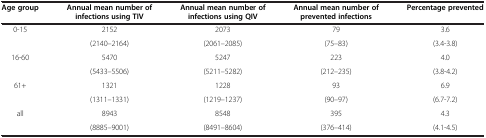
<table><thead><tr><td><b>Age group</b></td><td><b>Annual mean number of infections using TIV</b></td><td><b>Annual mean number of infections using QIV</b></td><td><b>Annual mean number of prevented infections</b></td><td><b>Percentage prevented</b></td></tr></thead><tbody><tr><td>0-15</td><td>2152</td><td>2073</td><td>79</td><td>3.6</td></tr><tr><td> </td><td>(2140–2164)</td><td>(2061–2085)</td><td>(75–83)</td><td>(3.4-3.8)</td></tr><tr><td>16-60</td><td>5470</td><td>5247</td><td>223</td><td>4.0</td></tr><tr><td> </td><td>(5433–5506)</td><td>(5211–5282)</td><td>(212–235)</td><td>(3.8-4.2)</td></tr><tr><td>61+</td><td>1321</td><td>1228</td><td>93</td><td>6.9</td></tr><tr><td> </td><td>(1311–1331)</td><td>(1219–1237)</td><td>(90–97)</td><td>(6.7-7.2)</td></tr><tr><td>all</td><td>8943</td><td>8548</td><td>395</td><td>4.3</td></tr><tr><td> </td><td>(8885–9001)</td><td>(8491–8604)</td><td>(376–414)</td><td>(4.1-4.5)</td></tr></tbody></table>